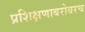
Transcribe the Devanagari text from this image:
प्रशिक्षणाबरोबरच